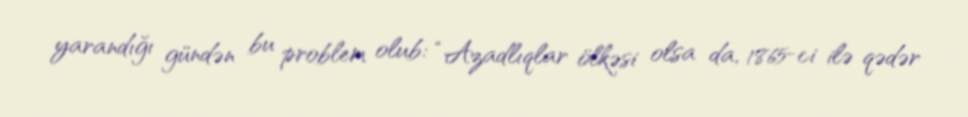
yarandığı gündən bu problem olub: “Azadlıqlar ölkəsi olsa da, 1865-ci ilə qədər